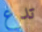
تدع